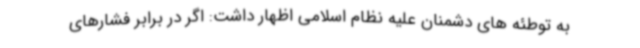
به توطئه های دشمنان علیه نظام اسلامی اظهار داشت: اگر در برابر فشارهای